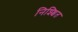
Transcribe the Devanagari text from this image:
निश्श्चित